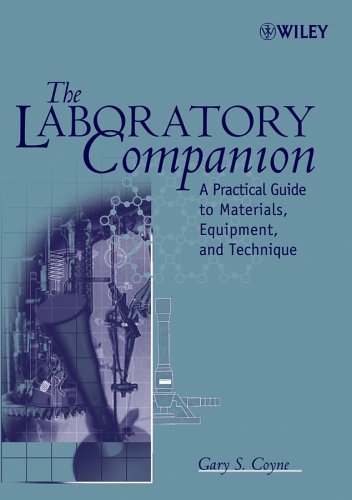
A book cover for The Laboratory Companion: A Practical Guide to Materials, Equipment, and Technique; Gary S. Coyne; Science & Math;